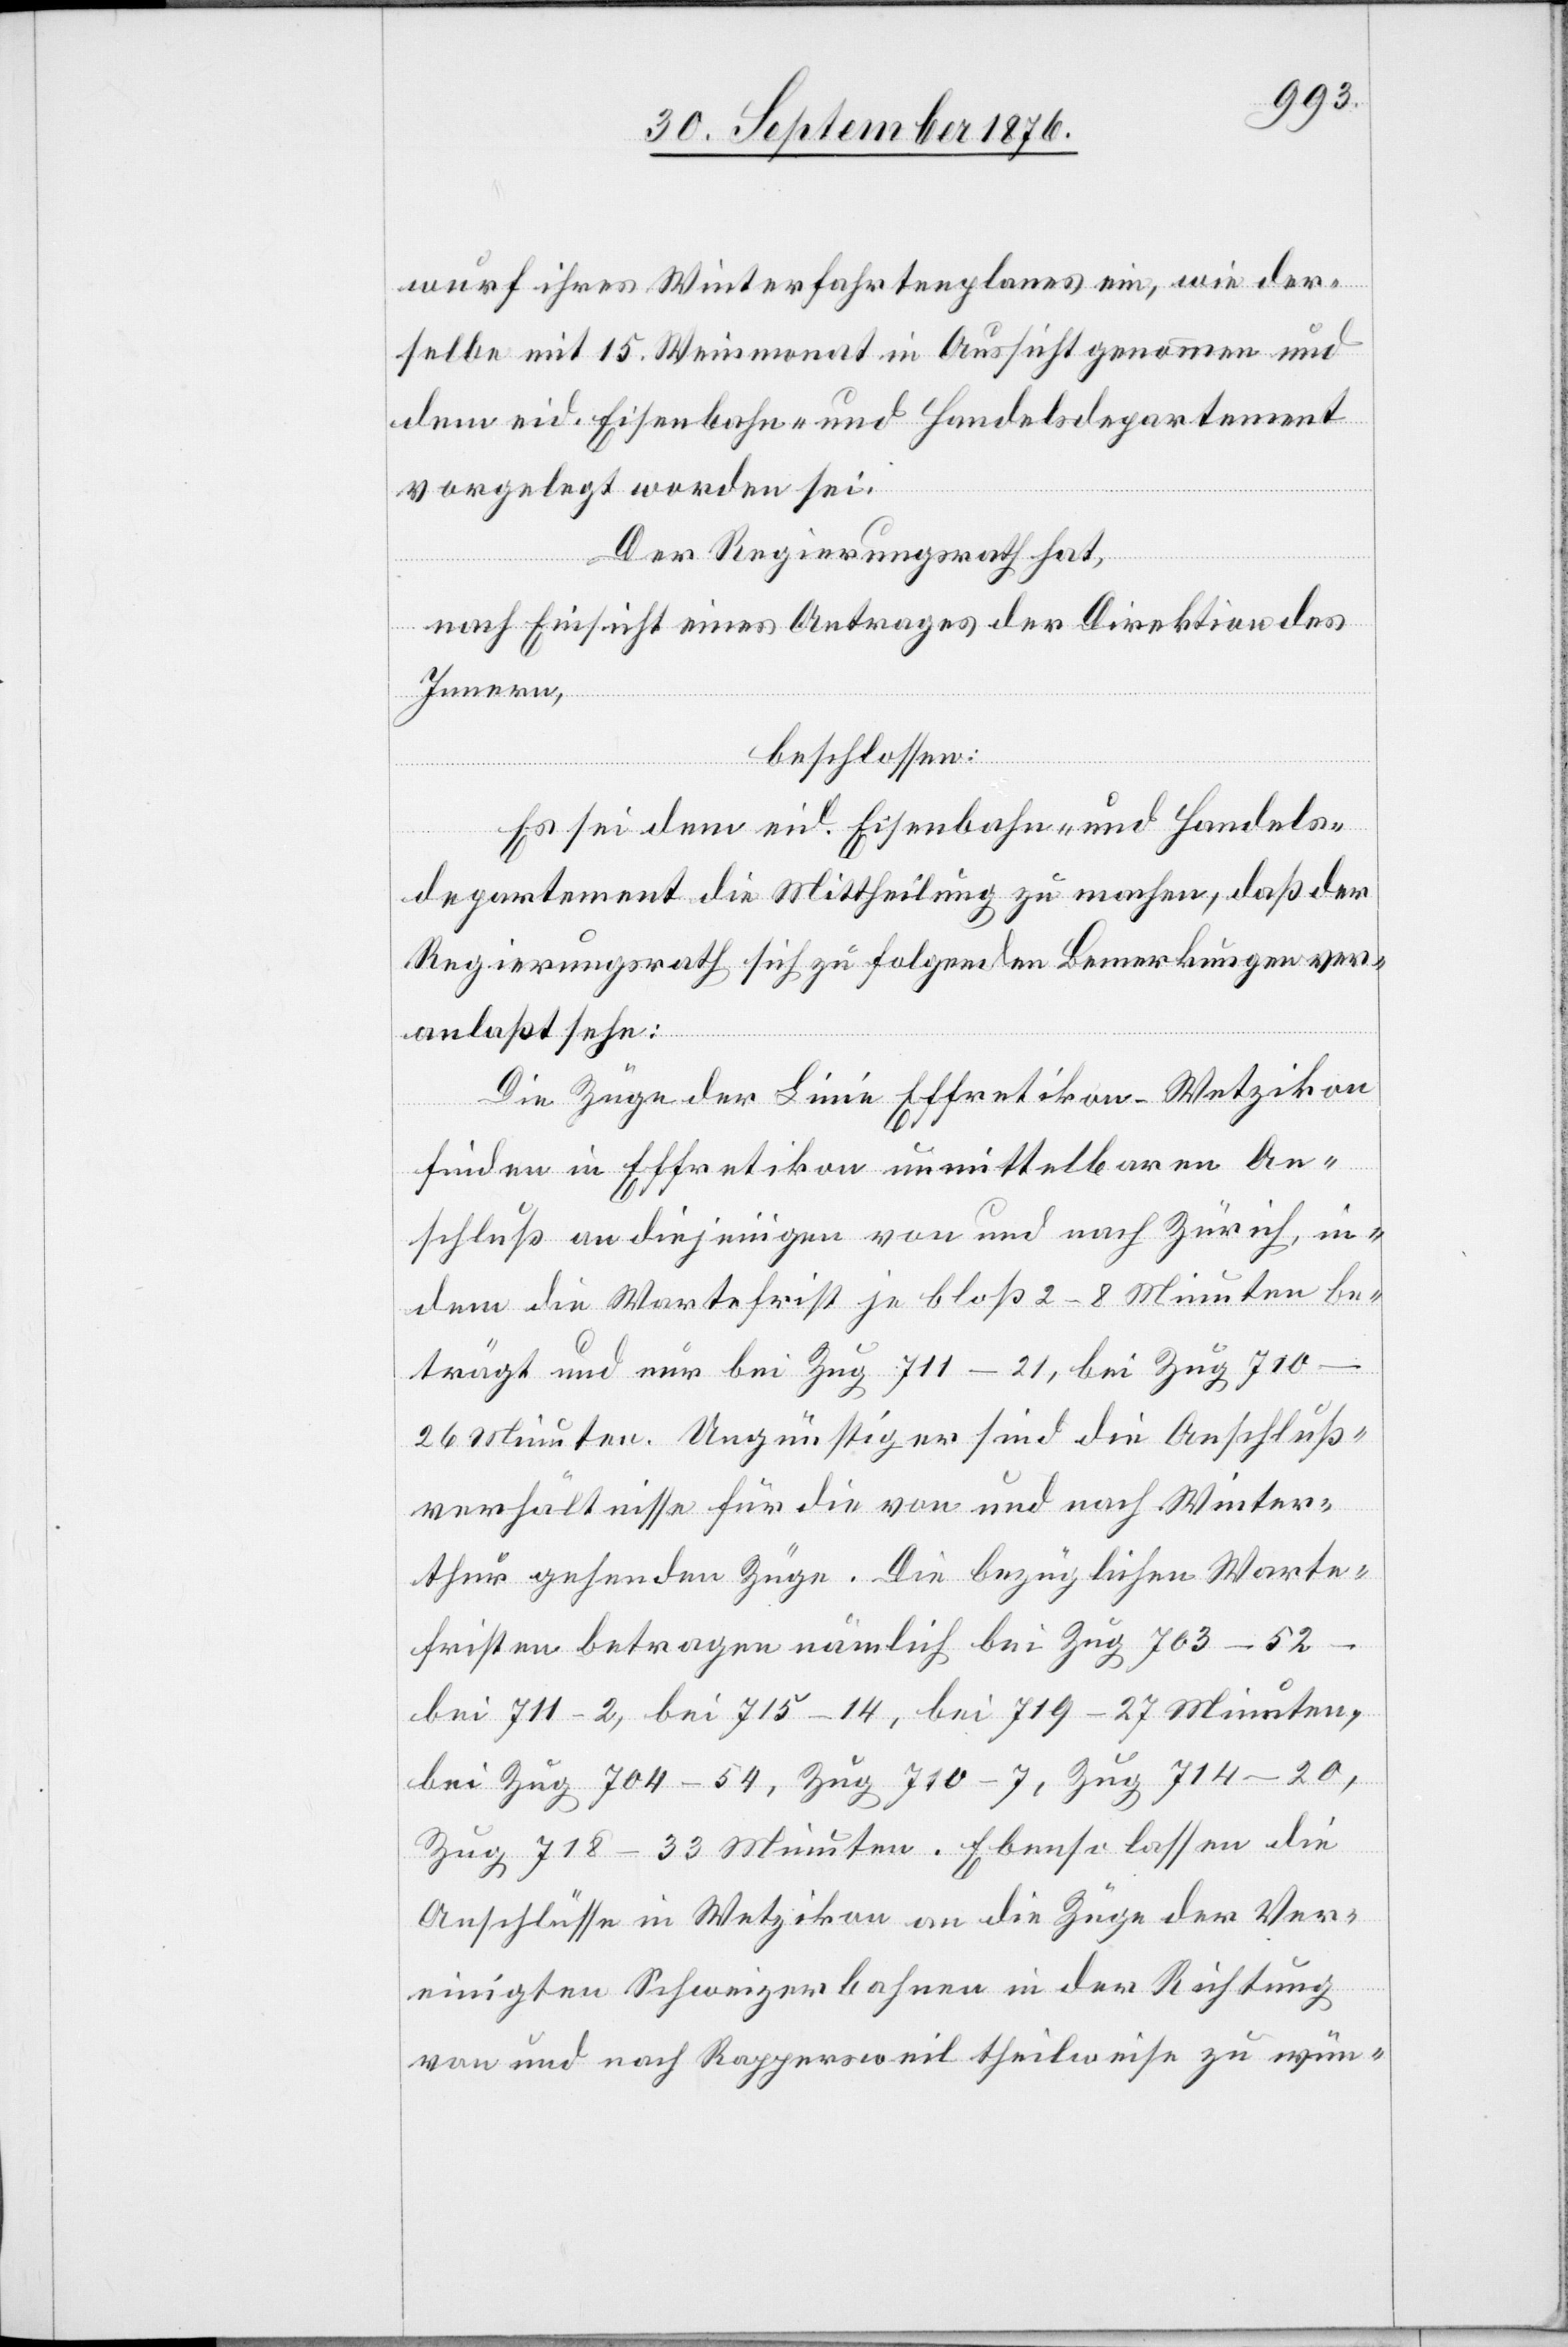
wurf ihres Winterfahrtenplanes ein, wie der¬
selbe mit 15. Weinmonat in Aussicht genommen und
dem eid. Eisenbahn- und Handelsdepartement
vorgelegt worden sei.
Der Regierungsrath hat,
nach Einsicht eines Antrages der Direktion des
Innern,
beschlossen:
Es sei dem eid. Eisenbahn- und Handels¬
departement die Mittheilung zu machen, daß der
Regierungsrath sich zu folgenden Bemerkungen ver¬
anlaßt sehe:
Die Züge der Linie Effretikon–Wetzikon
finden in Effretikon unmittelbaren An¬
schluß an diejenigen von und nach Zürich, in¬
dem die Wartefrist je bloß 2–8 Minuten be¬
trägt und nur bei Zug 711 - 21, bei Zug 710
26 Minuten. Ungünstiger sind die Anschluß¬
verhältnisse für die von und nach Winter¬
thur gehenden Züge. Die bezüglichen Warte¬
fristen betragen nämlich bei Zug 703 - 52
bei 711 - 2, bei 715 - 14, bei 719 - 27 Minuten,
bei Zug 704 - 54, Zug 710 - 7, Zug 714 - 20,
Zug 718 - 33 Minuten. Ebenso lassen die
Anschlüsse in Wetzikon an die Züge der Ver¬
einigten Schweizerbahnen in der Richtung
von und nach Rappersweil theilweise zu wün-